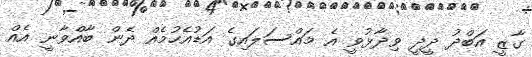
ގާޒީ އަބްދު ދީދީ ވިދާޅުވީ އެ މައްސަލައިގެ އަޑުއެހުމެއް ދެން ބާއްވާނީ އެއް